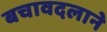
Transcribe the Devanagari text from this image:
बचावदलाने